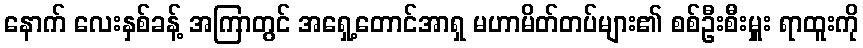
နောက် လေးနှစ်ခန့် အကြာတွင် အရှေ့တောင်အာရှ မဟာမိတ်တပ်များ၏ စစ်ဦးစီးမှူး ရာထူးကို